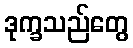
ဒုက္ခသည်တွေ